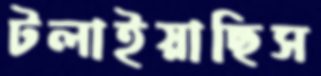
টলাইয়াছিস